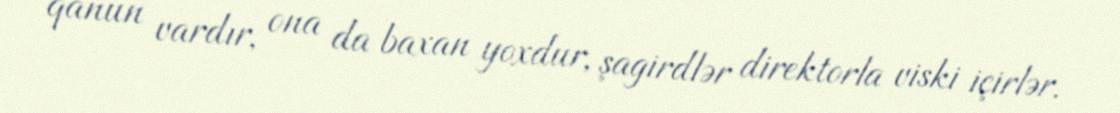
qanun vardır, ona da baxan yoxdur, şagirdlər direktorla viski içirlər.